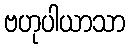
ဗဟုပါယာသာ